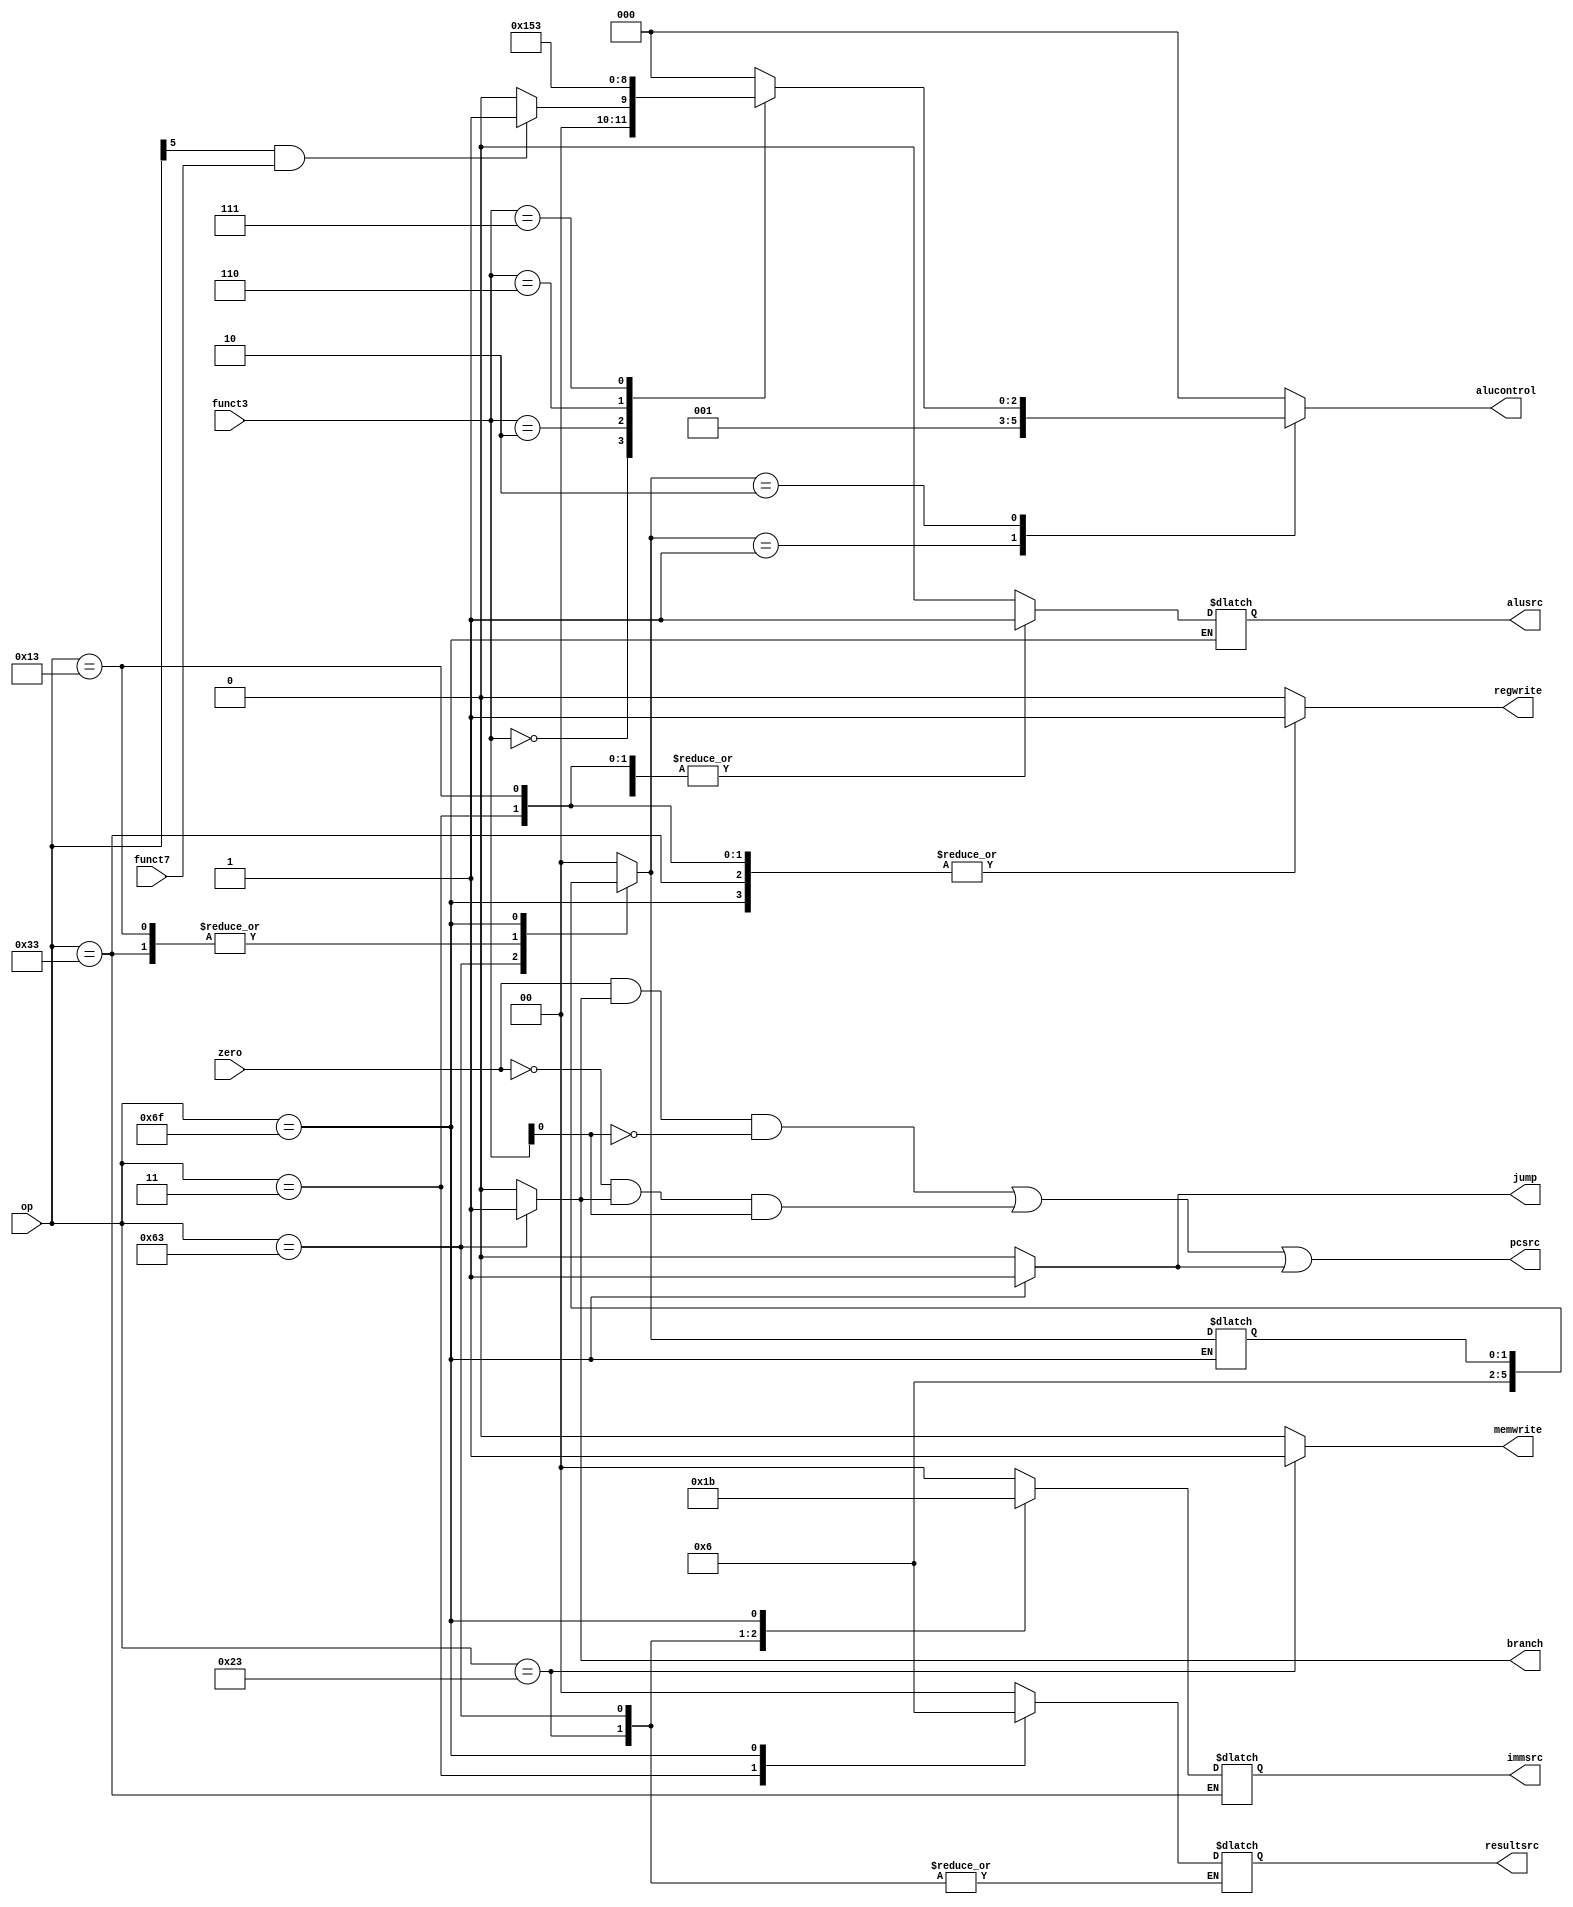




module control_unit(op,funct3,funct7,zero,resultsrc,memwrite,alusrc,regwrite,immsrc,alucontrol,pcsrc,branch,jump);
input [6:0]op;
input [2:0]funct3;
input funct7;
input zero;
output reg [1:0]immsrc,resultsrc;
output reg[2:0]alucontrol;
output reg memwrite,alusrc,regwrite;
output pcsrc;
reg [1:0]aluop;
output reg branch,jump;
wire out_and1,out_and2;

//assign pcsrc=(branch&zero)|jump;
and a1(out_and1,zero,branch,~funct3[0]);
and a2(out_and2,~zero,branch,funct3[0]);
or a3(pcsrc,out_and1,out_and2,jump);
always@(*) begin
case(op)
7'b0000011: begin //3---lw----load instructions
regwrite=1'b1;
immsrc=2'b00;
alusrc=1'b1;
memwrite=1'b0;
resultsrc=2'b01;
aluop=2'b00;
branch=1'b0;
jump=1'b0;
end
7'b0100011: begin //35------sw stype
regwrite=1'b0;
immsrc=2'b01;
alusrc=1'b1;
memwrite=1'b1;
//resultsrc=2'bxx;
aluop=2'b00;
branch=1'b0;
jump=1'b0;

end
7'b0110011: begin //51------R type
regwrite=1'b1;
//immsrc=2'bxx;
alusrc=1'b0;
memwrite=1'b0;
resultsrc=2'b00;
aluop=2'b10;
branch=1'b0;
jump=1'b0;

end
7'b1100011:begin //99--------beq
regwrite=1'b0;
immsrc=2'b10;
alusrc=1'b0;
memwrite=1'b0;
//resultsrc=2'bxx;
aluop=2'b01;
branch=1'b1;
jump=1'b0;

end
7'b0010011: begin //19----addi
regwrite=1'b1;
immsrc=2'b00;
alusrc=1'b1;
memwrite=1'b0;
resultsrc=2'b00;
aluop=2'b10;//10
branch=1'b0;
jump=1'b0;

end
7'b1101111: begin//111----------jal
regwrite=1'b1;
immsrc=2'b11;
memwrite=1'b0;
resultsrc=2'b10;
branch=1'b0;
jump=1'b1;
end
default: begin
regwrite=1'b0;
immsrc=2'b00;
alusrc=1'b0;
memwrite=1'b0;
resultsrc=2'b00;
aluop=2'b00;
branch=1'b0;
jump=1'b0;
end
endcase

case(aluop) 
2'b00:alucontrol=3'b000;
2'b01:alucontrol=3'b001;
2'b10: begin 
case(funct3)
3'b000:begin
if(op[5]==1 && funct7==1) alucontrol<=3'b001;
else alucontrol<=3'b000;end
3'b010:alucontrol=3'b101; 
3'b110:alucontrol=3'b010 ;
3'b111:alucontrol=3'b011 ; 
default: alucontrol=3'b000;
endcase
end
default: alucontrol=3'b000;
endcase
end
endmodule